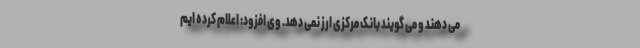
می دهند و می گویند بانک مرکزی ارز نمی دهد. وی افزود: اعلام کرده ایم